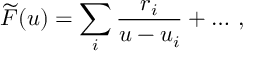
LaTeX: \widetilde F ( u ) = \sum _ { i } { \frac { r _ { i } } { u - u _ { i } } } + \ldots \, ,